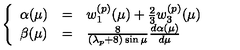
\left\{ \begin{array} { l l l } { \alpha ( \mu ) } & { = } & { w _ { 1 } ^ { ( p ) } ( \mu ) + \frac { 2 } { 3 } w _ { 3 } ^ { ( p ) } ( \mu ) } \\ { \beta ( \mu ) } & { = } & { \frac { 8 } { ( \lambda _ { p } + 8 ) \sin \mu } \frac { d \alpha ( \mu ) } { d \mu } } \\ \end{array} \right.